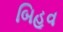
બિહૂવ